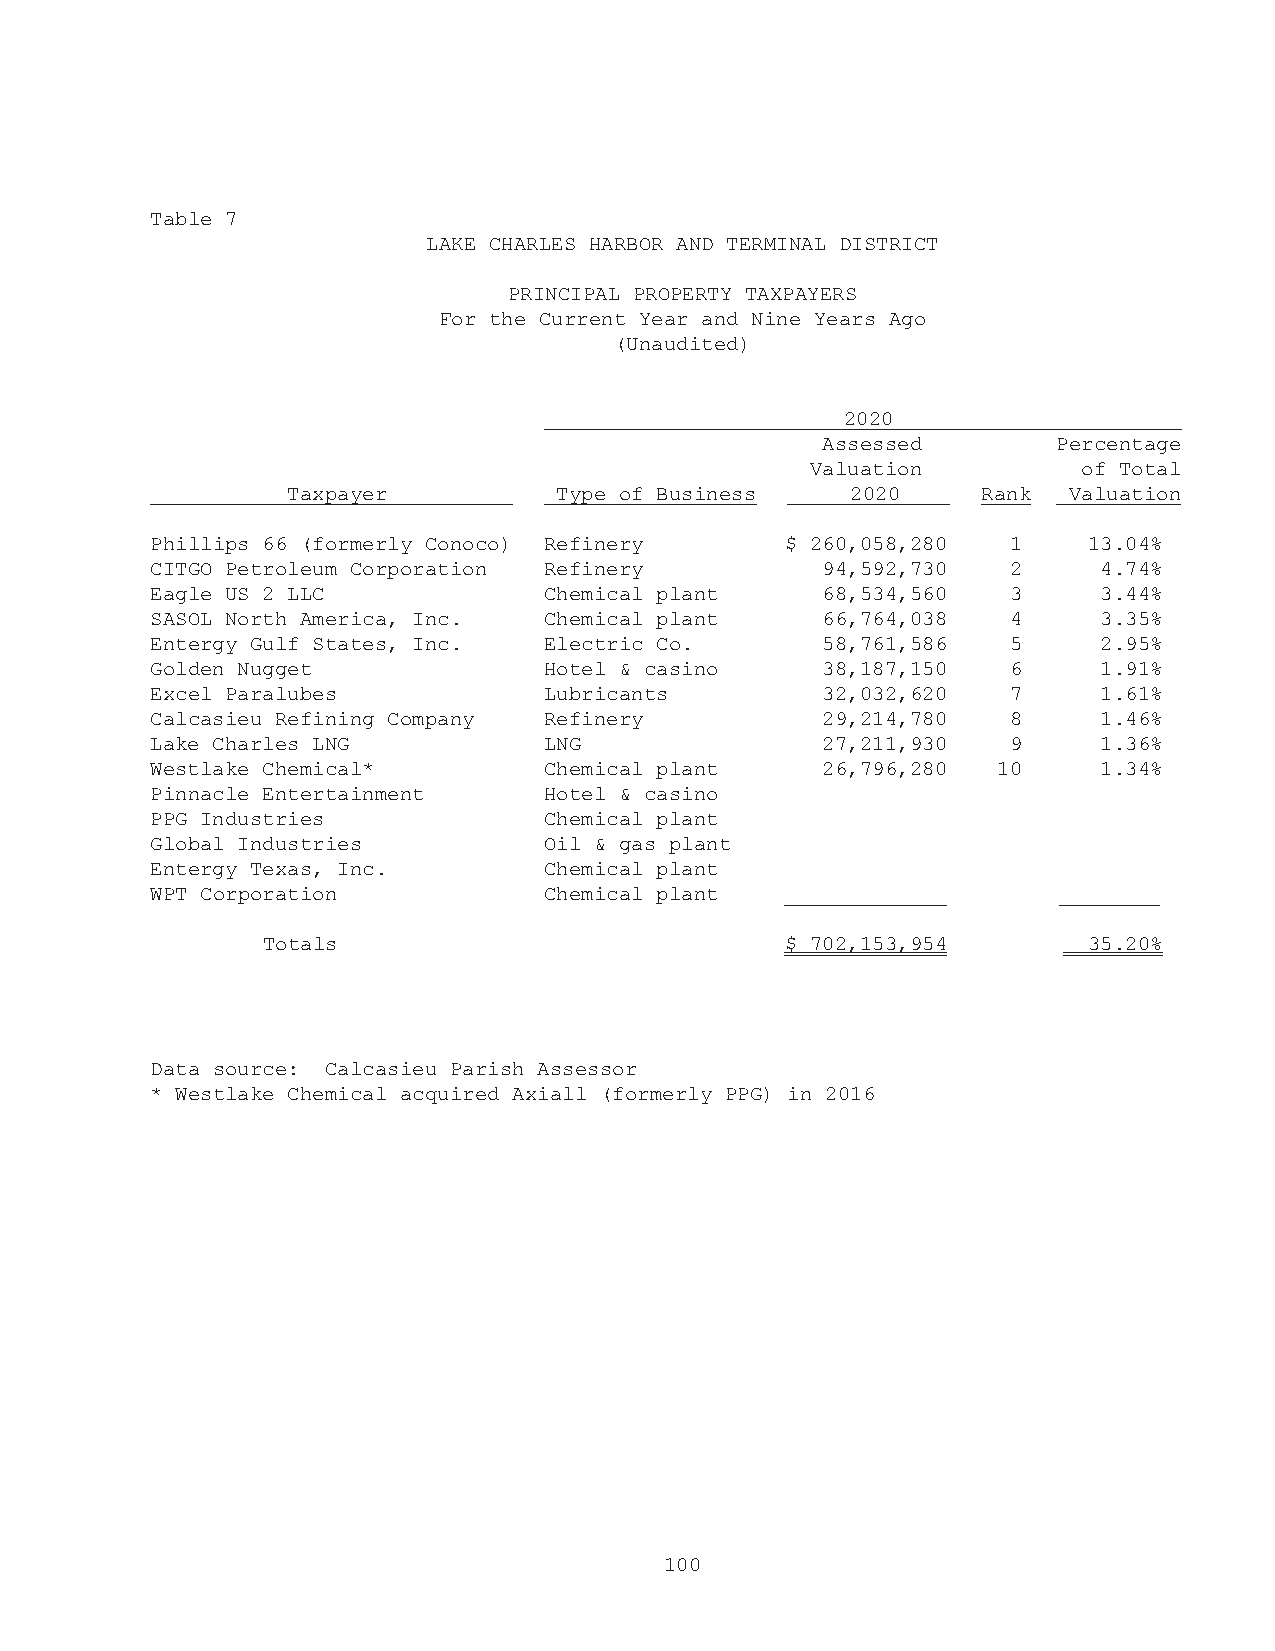
Table 7
 LAKE CHARLES HARBOR AND TERMINAL DISTRICT
 PRINCIPAL PROPERTY TAXPAYERS
 For the Current Year and Nine Years Ago
 (Unaudited)
 2020
 Assessed        Percentage
 Valuation         of Total
 Taxpayer          Type of Business   2020     Rank  Valuation
 Phillips 66 (formerly Conoco) Refinery    $ 260,058,280  1    13.04%
 CITGO Petroleum Corporation Refinery        94,592,730   2     4.74%
 Eagle US 2 LLC            Chemical plant    68,534,560   3     3.44%
 SASOL North America, Inc. Chemical plant    66,764,038   4     3.35%
 Entergy Gulf States, Inc. Electric Co.      58,761,586   5     2.95%
 Golden Nugget             Hotel & casino    38,187,150   6     1.91%
 Excel Paralubes           Lubricants        32,032,620   7     1.61%
 Calcasieu Refining Company Refinery         29,214,780   8     1.46%
 Lake Charles LNG          LNG               27,211,930   9     1.36%
 Westlake Chemical*        Chemical plant    26,796,280  10     1.34%
 Pinnacle Entertainment    Hotel & casino
 PPG Industries            Chemical plant
 Global Industries         Oil & gas plant
 Entergy Texas, Inc.       Chemical plant
 WPT Corporation           Chemical plant
 Totals                             $ 702,153,954       35.20%
 Data source: Calcasieu Parish Assessor
 * Westlake Chemical acquired Axiall (formerly PPG) in 2016
 100